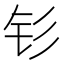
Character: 钐